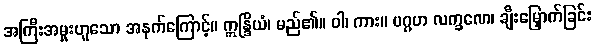
အကြီးအမှုးဟူသော အနက်ကြောင့်။ ဣန္ဒြိယံ၊ မည်၏။ ဝါ၊ ကား။ ပဂ္ဂဟ လက္ခဏေ၊ ချီးမြှောက်ခြင်း